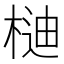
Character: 𣔴